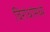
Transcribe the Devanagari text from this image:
विरोधांमध्ये